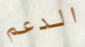
الدعم